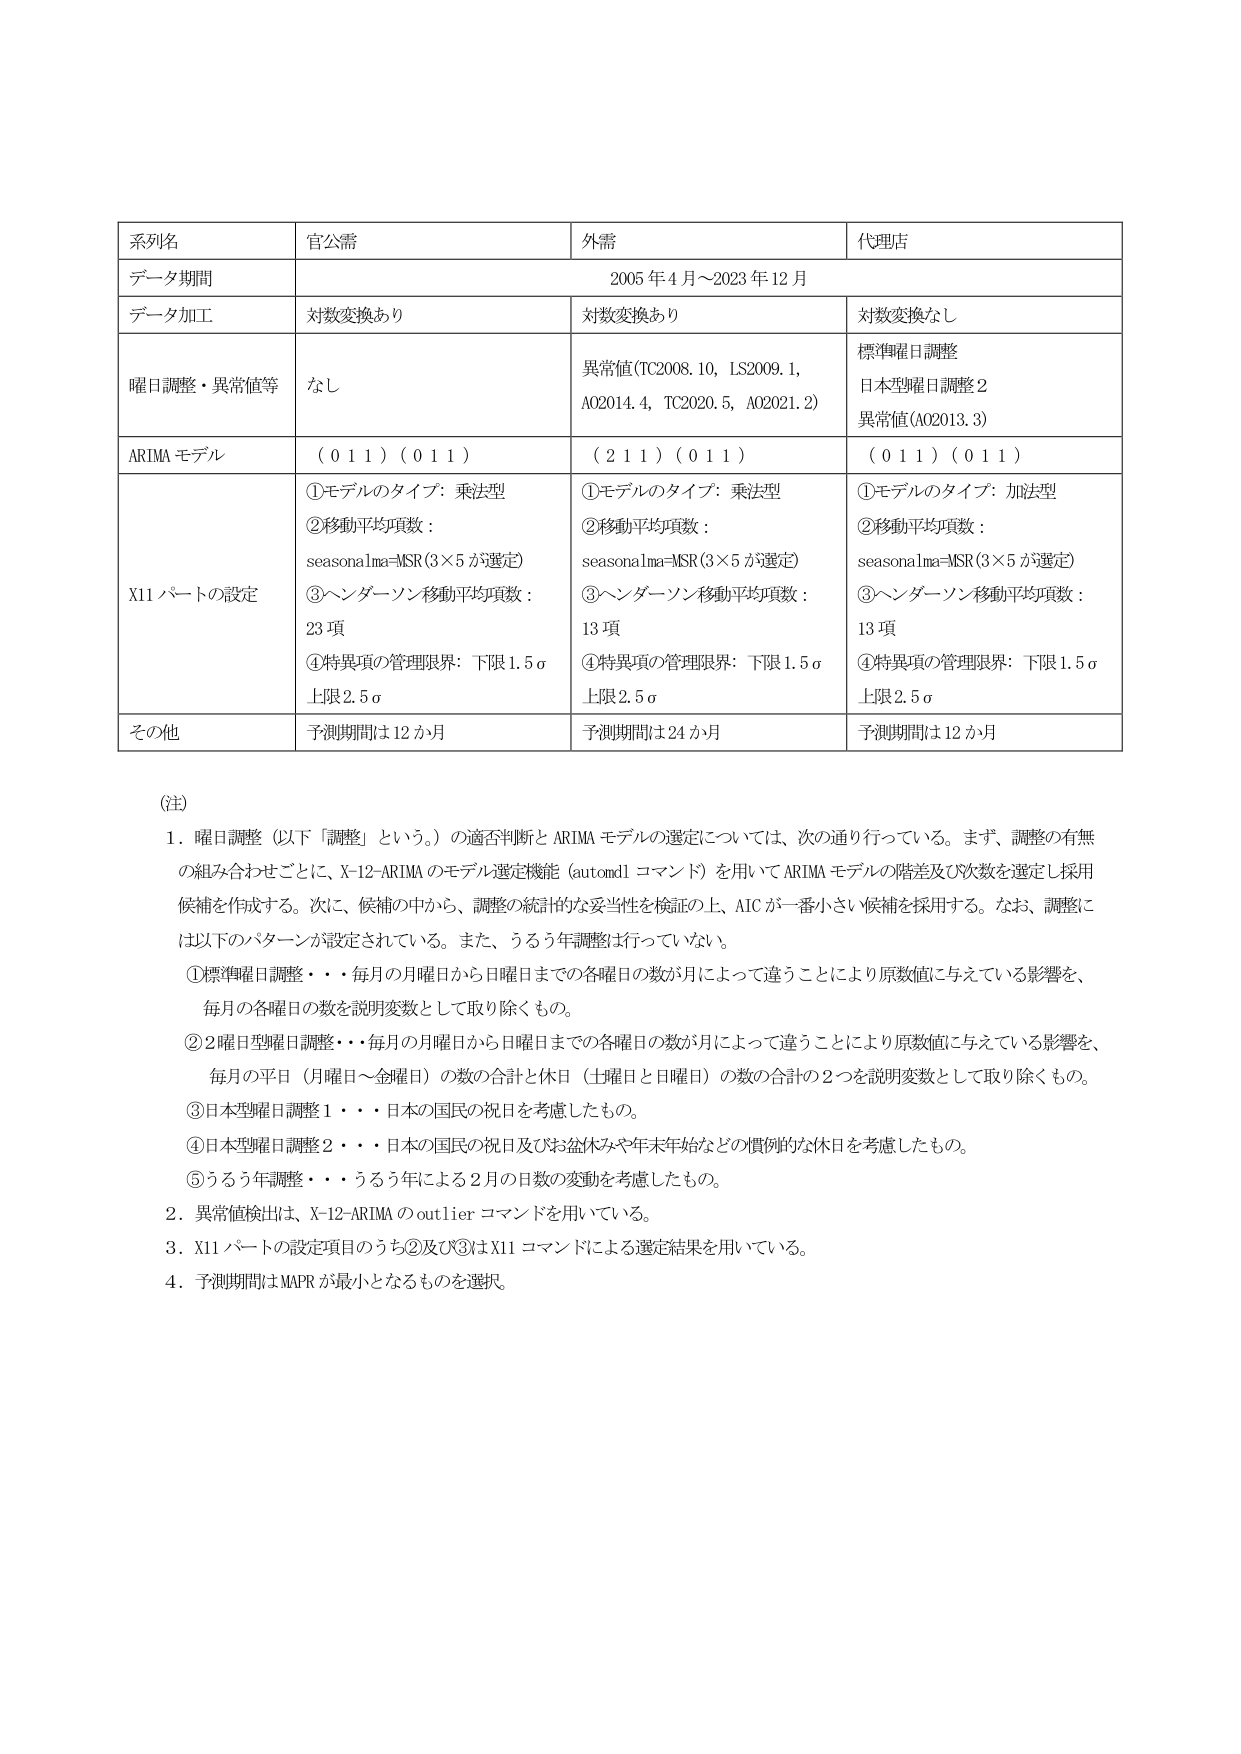
系列名　官公需　外需　代理店
データ期間